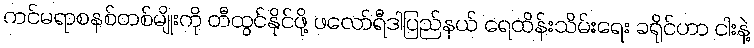
ကင်မရာစနစ်တစ်မျိုးကို တီထွင်နိုင်ဖို့ ဖလော်ရီဒါပြည်နယ် ရေထိန်းသိမ်းရေး ခရိုင်ဟာ ငါးနဲ့